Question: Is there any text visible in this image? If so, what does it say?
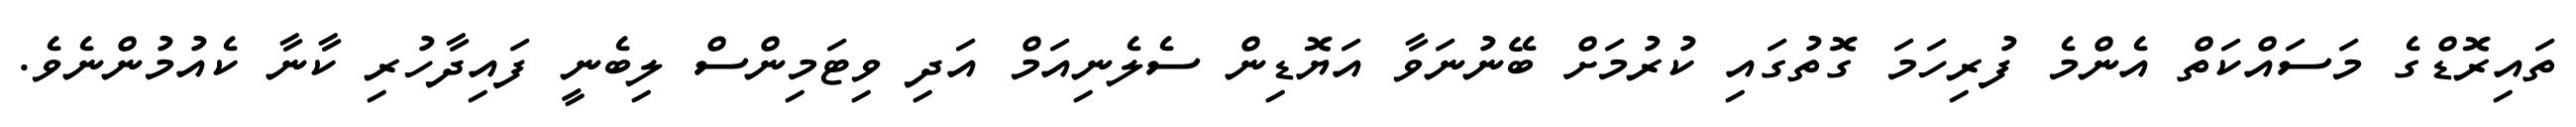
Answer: ތައިރޮޑްގެ މަސައްކަތް އެންމެ ފުރިހަމަ ގޮތުގައި ކުރުމަށް ބޭނުނަވާ އަޔޮޑިން ސެލެނިއަމް އަދި ވިޓަމިންސް ލިބެނީ ފައިދާހުރި ކާނާ ކެއުމުންނެވެ.